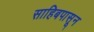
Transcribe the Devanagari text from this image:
साहिबपासून